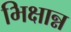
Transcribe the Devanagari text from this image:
भिक्षान्न